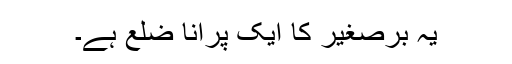
يہ برِصغير کا ايک پرانا ضلع ہے۔